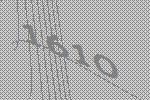
1610